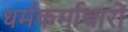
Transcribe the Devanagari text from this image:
धर्मकर्माचारों